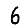
Digit: 6